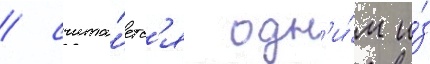
/ счита́етс'я одн'и́м и́з